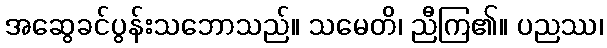
အဆွေခင်ပွန်းသဘောသည်။ သမေတိ၊ ညီကြ၏။ ပညဿ၊